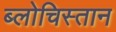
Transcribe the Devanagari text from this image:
ब्लोचिस्तान